NAE_ERA_R-1950_Eesti_Ajakirjanike_Liit, lk 13
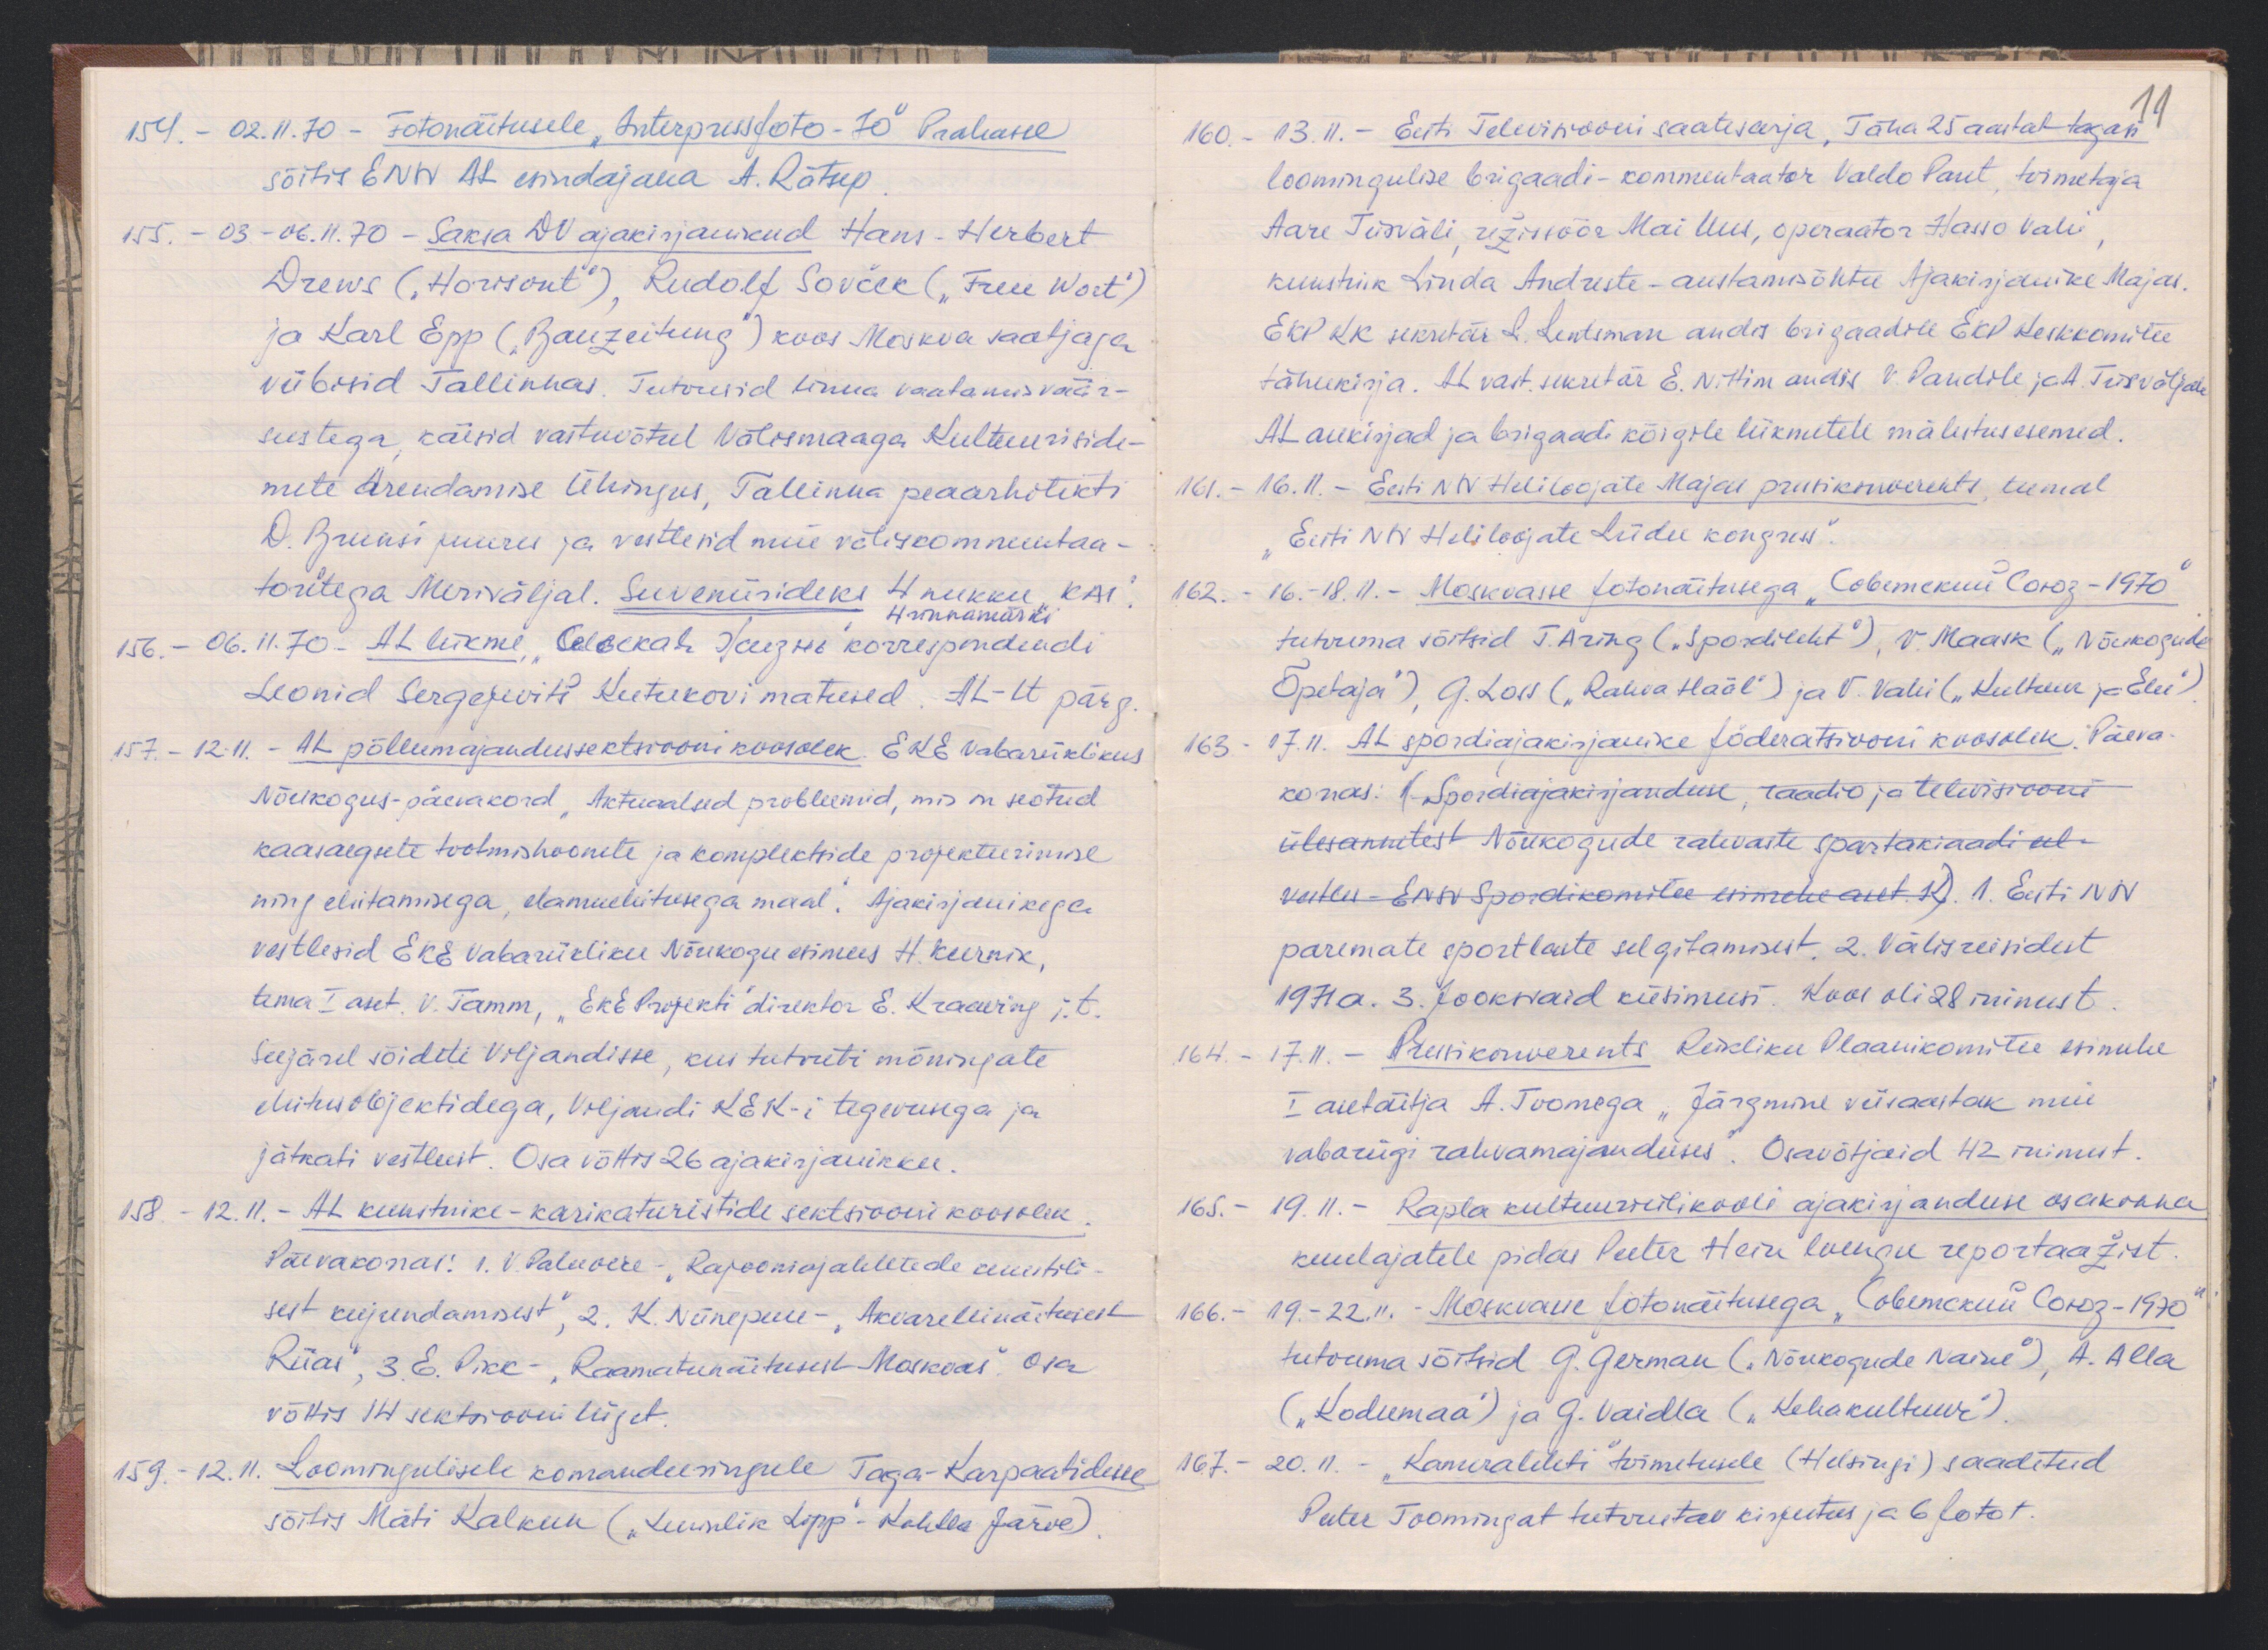
154. - 02.11.70 - Fotanäitusele "Interpressfoto - 70" Prahasse
sõitis ENSV AL esindajana A. Rätsep
155. - 03.-06.11.70 - Saksa DV ajakirjanikud Hans Herbert
Drews ("Horisont"), Rudolf Sovček („Freie Wort")
ja Karl Epp ("Bauzeitung") koos Moskva saatjaga
viibisid Tallinnas. Tutvusid linna vaatamisväär-
sustega, käisid vastuvõtul Välismaaga Kultuuriside-
mete arendamise Ühingus, Tallinna peaarhitekti
D. Brunsi juures ja vestlesid meie väliskommentaa-
toritega Meriväljal. Suveniirideks 4 nukku KAI
4 rinnamärki
156. - 06.11.70 - AL liikme, lesekah Jaegsu korrespondendi
Leonid Sergejevitš Kutukovi matused. AL-lt pärg.
157. - 12.11. - AL põllumajandussektsiooni koosolek EKE vabariiklikus
Nõukogus - päevakord "Aktuaalsed probleemid, mis on seotud
kaasaegsete tootmishoonete ja komplektside projekteerimise
ning ehitamisega, elamuehitusega maal." Ajakirjanikega
vestlesid EKE vabariikliku Nõukogu esimees H. Keernik,
tema I aset. V. Tamm, "EKE projekti" direktor E. Kraaving j. t.
Seejärel sõideti Viljandisse, kus tutvuti mõningate
ehitusobjektidega, Viljandi KEK-i tegevusega ja
jätkati vestlust. Osa võttis 26 ajakirjanikku.
158. - 12.11. - AL kunstnike-karikaturistide sektsiooni koosolek
Päevakorras: 1 .V.Paluvere - "Rajooniajalehtede kunstili-
sest kujundamisest", 2. K. Niinepuu - "Akvarellinäitusest
Riias", 3. E. Pikk - "Raamatunäitsusest Moskvas". Osa
võttis 14 sektsiooni liiget.
159. - 12.11. Loomingulisele komandeeringule Taga-Karpaatidesse
sõitis Mati Kalkun ("Luulelik Lipp" - Kohtla Järve)

160. 13.11. - Eesti Televisooni saatesarja "Täna 25 aastat tagasi
11
loomingulise brigaadi - kommentaator Valdo Pant, toimetaja
Aare Tiisväli, režiisöör Mai Uus, operaator Hanso Vahi,
kunstnik Linda Andreste - austamisõhtu Ajakirjanike Majas.
EKP KK sekretär L. Lentsman andis brigaadile EKP Keskkomitee
tänukirja. AL vast. sekretär E. Nittim andis V. Pandile ja A. Tiisväljal
AL aukirjad ja brigaadi kõigile liikmetele mälestusesemed.
161. - 16.11. - Eesti NSV Heliloojate Majas pressikonverents teemal
"Eesti NSV Heliloojate Liidu kongress"
162. - 16.-18.11. - Moskvasse fotonäitusega "СветскиноГоно - 1970"
tutvuma sõitsid T. Aring ("Spordileht"), V. Maask ("Nõukogude
Õpetaja"), G. Loss ("Rahva Hääl") ja V. Vahi ("Kultur ja Elu")
163. - 17.11. AL spordiajakirjanike föderatsiooni koosolek. Päeva-
korras. (Spordiajakirjanduse, raadio ja televisiooni
ülesannetest Nõukogude rahvaste spartakiaadi eel-
vatus - ENSV Spordikomitee esimehe aset. K). 1. Eesti NSV
paremate sportlaste selgitamisest. 2. Välisreisidest
1971 a. 3. Jooksvaid küsimusi. Koos oli 28 inimest
164. - 17.11. - Pressikonverents Riikliku Plaanikomitee esimehe
I asetäitja A. Toomega "Järgmine viisastak meie
vabariigi rahvamajanduses". Osavõtjaid 42 inimest.
165. - 19.11. - Rapla kultuuriülikooli ajakirjanduse osakonna
kuulajatele pidas Peeter Hein loengu reportaažist
166. - 19.-22.11. - Moskvasse fotonäitusega, Johannikud Coog - 1970
tutvuma sõitsid G. German ("Nõukogude Naine"), A. Alla
("Kodumaa") ja G. Vaidla ("Kehakultuur").
167. - 20.11. - "Kameralehti" toimetusele (Helsingi) saadetud
Peeter Toomingat tutvustav kirjutus ja 6 fotot.